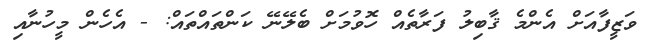
ވަޒީފާއަށް އެންމެ ޤާބިލު ފަރާތެއް ހޮވުމަށް ބެލޭނޭ ކަންތައްތައް: - އެހެން މީހުނާއި